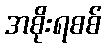
အစိုးရစစ်